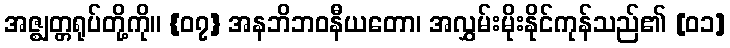
အဇ္ဈတ္တရုပ်တို့ကို။ {၀၇} အနဘိဘဝနီယတော၊ အလွှမ်းမိုးနိုင်ကုန်သည်၏ [၀၁]